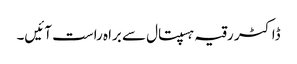
ڈاکٹر رقیہ ہسپتال سے براہ راست آئیں۔